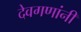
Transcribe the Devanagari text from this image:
देवगणांनी